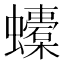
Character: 𧔬